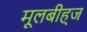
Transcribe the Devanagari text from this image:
मूलबीह्ज